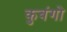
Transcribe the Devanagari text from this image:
कुबंगो